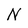
Character: N